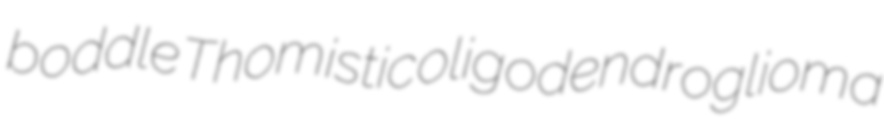
boddle Thomistic oligodendroglioma